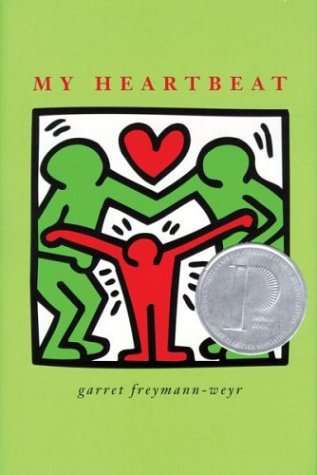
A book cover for My Heartbeat; Garret Freymann-Weyr; Teen & Young Adult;